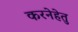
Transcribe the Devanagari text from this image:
करनेहेतु